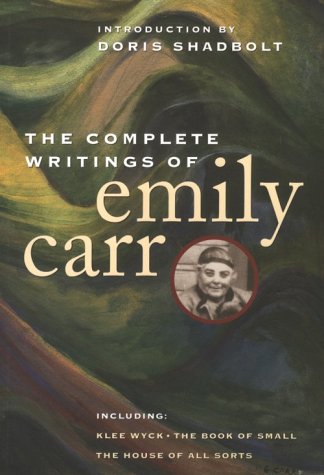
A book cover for The Complete Writings of Emily Carr; Doris Shadbolt; Literature & Fiction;